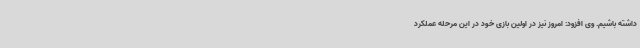
داشته باشیم. وی افزود: امروز نیز در اولین بازی خود در این مرحله عملکرد